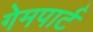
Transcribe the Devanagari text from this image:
गेमपार्ट